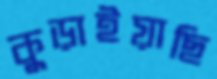
কুড়াইয়াছি